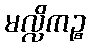
မလ္လိကဉ္စ